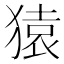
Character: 猿